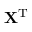
\mathbf { X } ^ { \mathrm { { T } } }